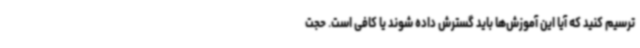
ترسیم کنید که آیا این آموزش‌ها باید گسترش داده شوند یا کافی است. حجت